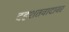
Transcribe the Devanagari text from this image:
दहशतवादावर